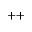
^ { + + }